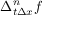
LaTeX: \Delta _ { t \Delta x } ^ { n } f